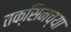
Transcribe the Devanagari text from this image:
तक्सिनच्या